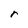
Character: r